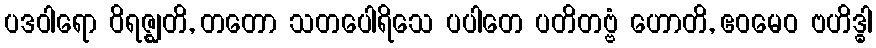
ပဒဝါရော ဝိရဇ္ဈတိ, တတော သတပေါရိသေ ပပါတေ ပတိတဗ္ဗံ ဟောတိ, ဧဝမေဝ ဗဟိဒ္ဓါ